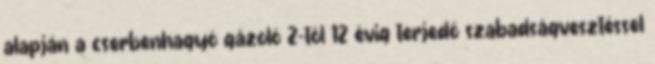
alapján a cserbenhagyó gázoló 2-től 12 évig terjedő szabadságvesztéssel